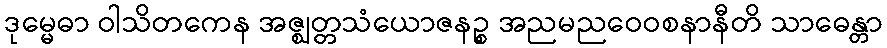
ဒုမ္မေဓာ ဝါသိတကေန အဇ္ဈတ္တသံယောဇနဉ္စ အညမညဝေဝစနာနီတိ သာဓေန္တာ